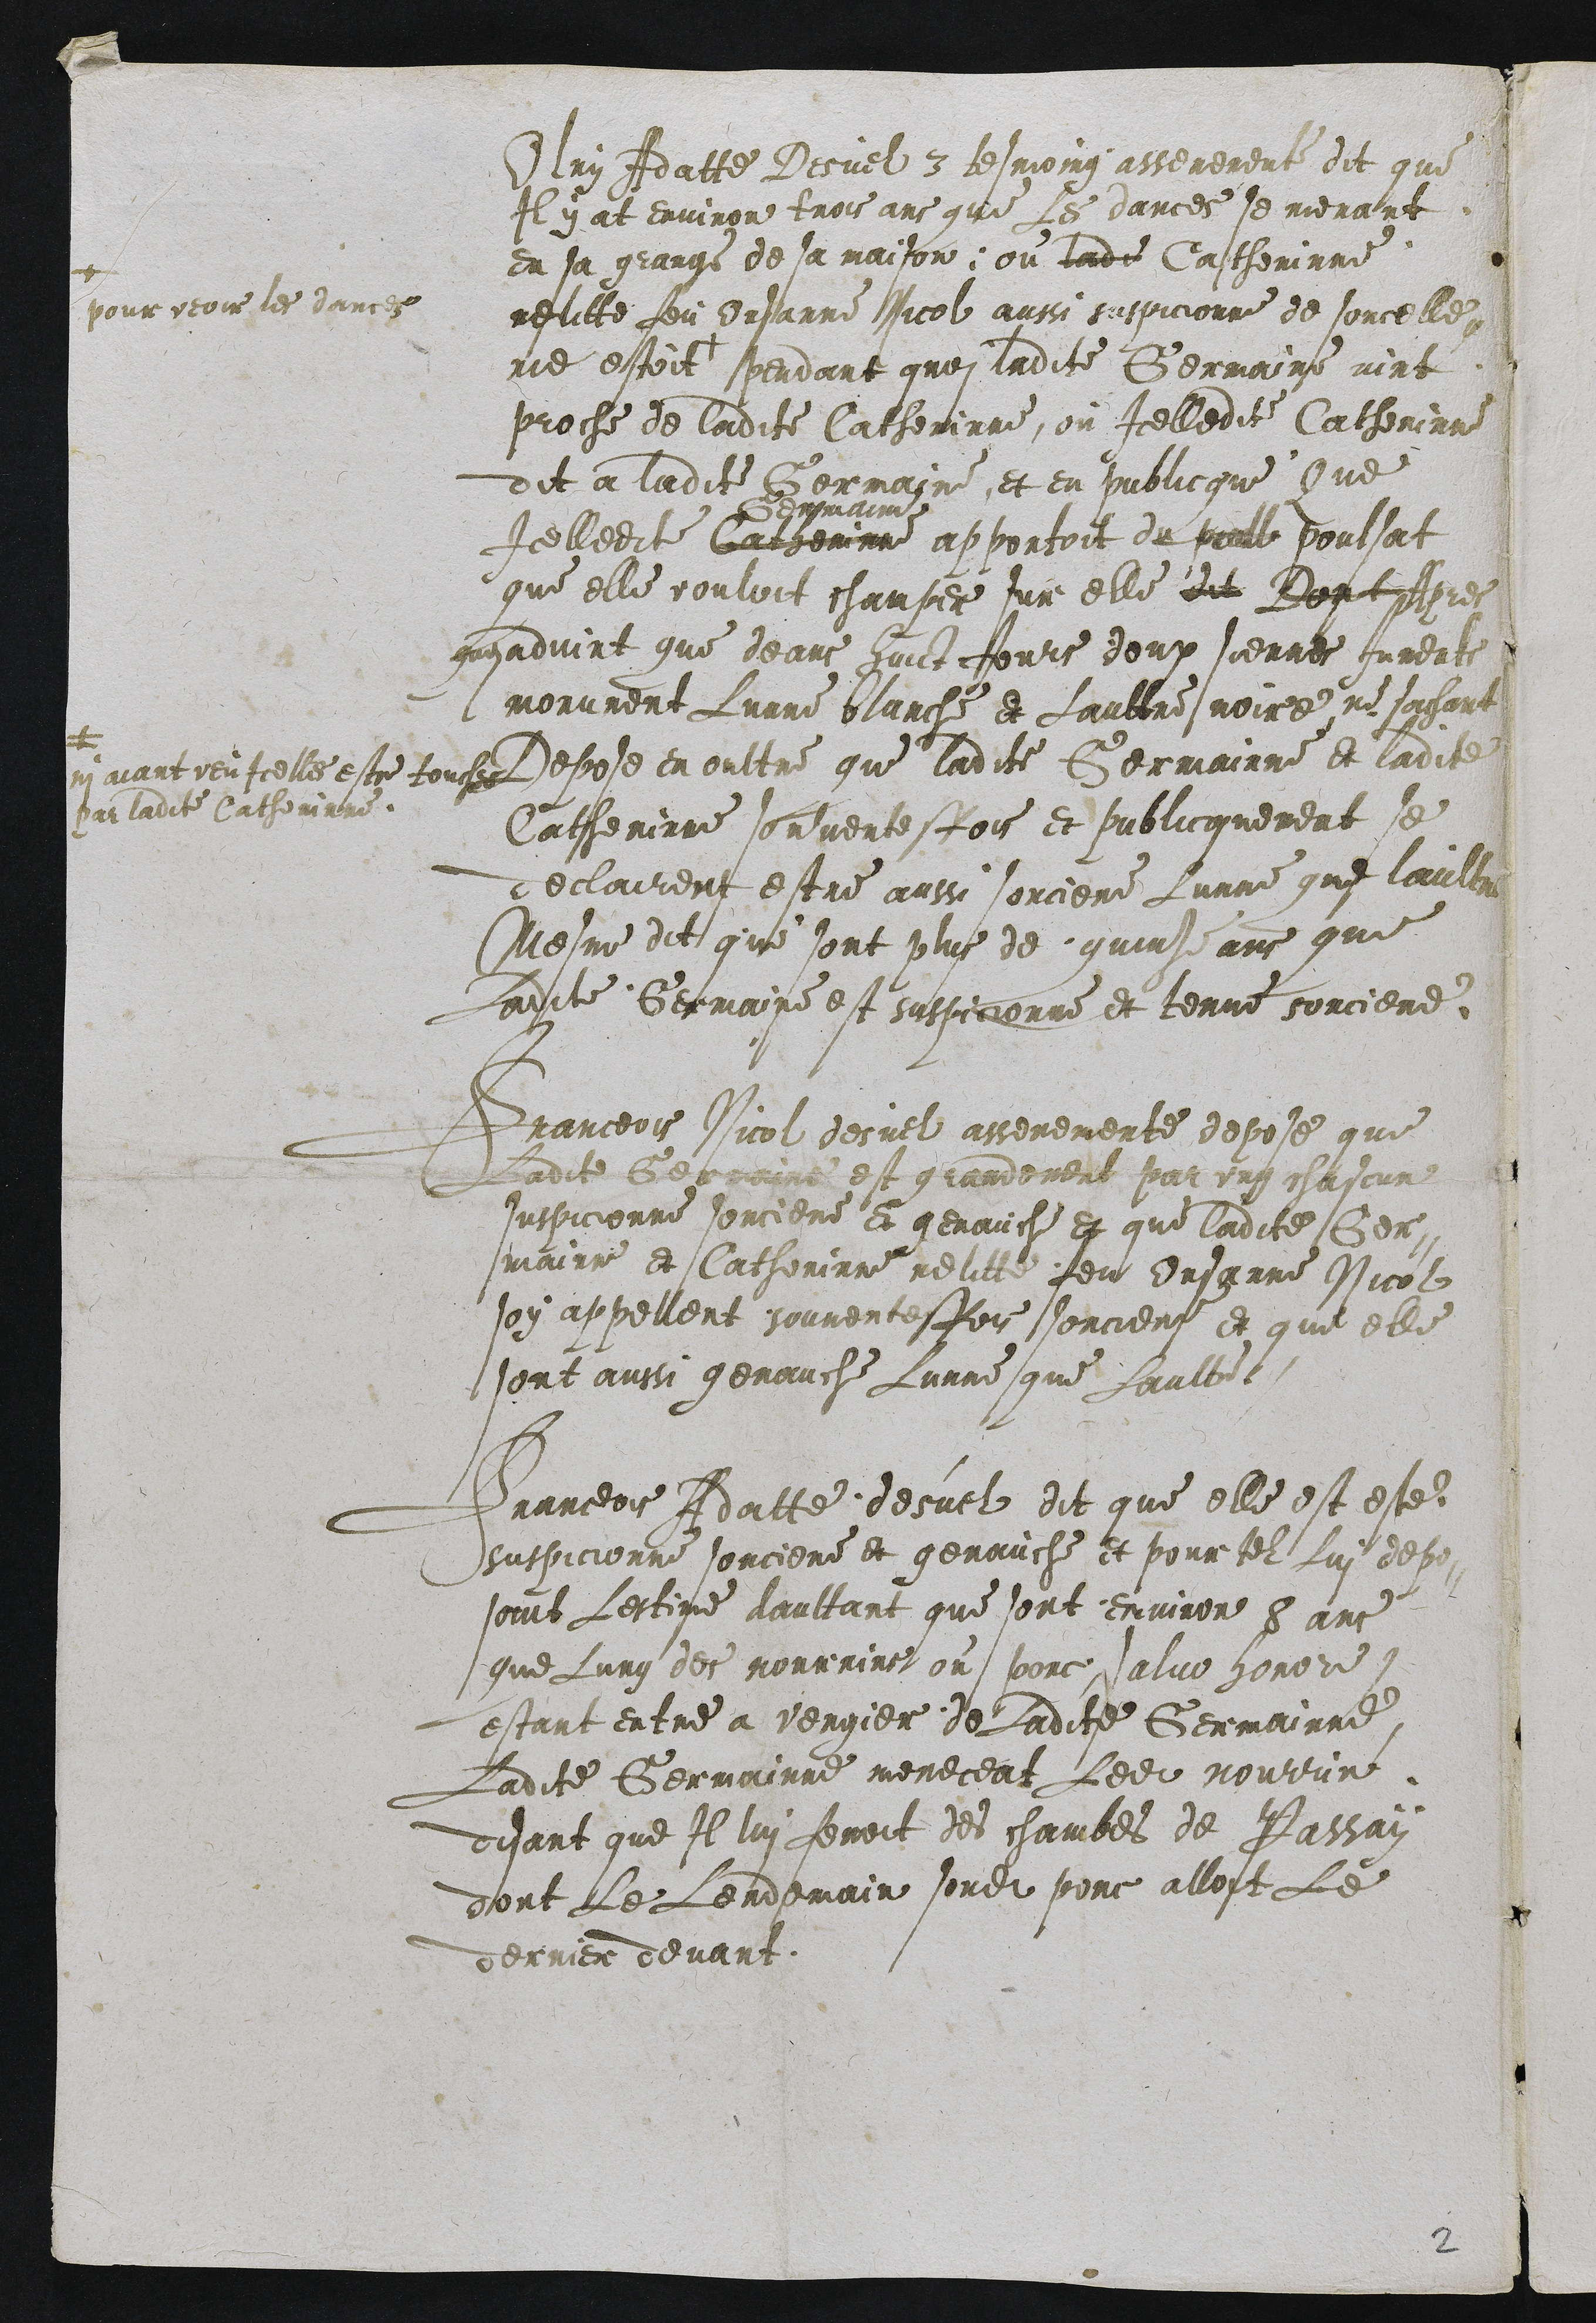
Olry Adatte Desuel 3 tesmoing asseremente dit que
Il y at environ trois ans que Les dances se menant
en sa grange de sa maison: ou lade Catherinne
relitte feu Orsanne Nicol aussi suspicionne de sorcelle-
rie estoit +
+
pour veoir les dances
pendant quoi ladite Germaine vint
proche de ladite Catherinne, ou Icelledite Catherinne
dit a ladite Germaine et en publicque Que
Icelledite Catherinne
Germainne
apportoit du poulle poulsat
que elle vouloit champer sur elle dit Dont Apres
quoi advint que deans huict Jours deux siennes Juments
morurent Lunne blanche et Laultre noire ne sachant
ni aiant veu Icelles estre touches
par ladite Catherinne
Depose en oultre que ladite Germainne et ladite
Catherinne souventesfois et publicquement se
declairent estre aussi sorciere Lunne que laultre
Mesme dit que sont plus de quinze ans que
Ladite Germaine est suspicionne et tenue sorciere.

Franceois Nicol desuel asseremente depose que
Ladite Germaine est grandement par ung chascun
suspicionne sorciere et genauche et que ladite Ger-
mainne et Catherinne relitte feu Orsanne Nicol
soy appellent souventesfois sorciere et que elle
sont aussi genauche Lunne que Laultre

Franceois Adate desuel dit que elle est este
suspicionne sorciere et genauche et pour tel Lui depo-
sant Lestime daultant que sont environ 8 ans
que Lung des nourrins ou porc, salvo honore,
estant entre a vergier de Ladite Germainne
Ladite Germainne meneceat Ledit nourrin
disant que Il lui feroit des chambes de Passay
dont Le Lendemain sondit porc alloit Le
derrier devant.

2